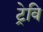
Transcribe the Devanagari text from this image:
ट्रेवि